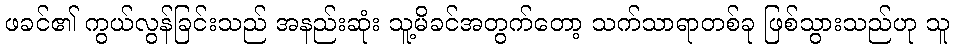
ဖခင်၏ ကွယ်လွန်ခြင်းသည် အနည်းဆုံး သူ့မိခင်အတွက်တော့ သက်သာရာတစ်ခု ဖြစ်သွားသည်ဟု သူ